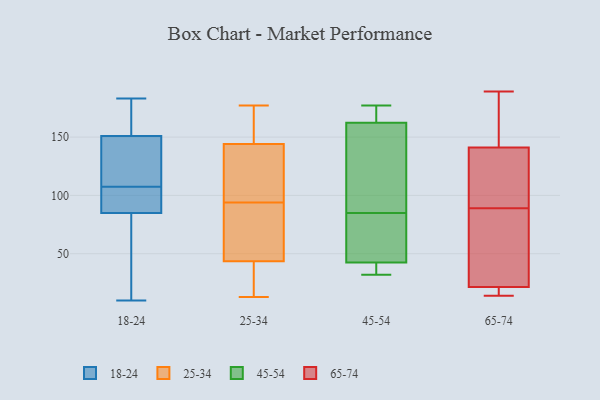
{"axis": {"x": "Satisfaction Score", "y": "Value"}, "legend": ["18-24", "25-34", "45-54", "65-74"], "data": [{"x": "", "y": 10, "type": "18-24"}, {"x": "", "y": 100, "type": "18-24"}, {"x": "", "y": 153, "type": "18-24"}, {"x": "", "y": 20, "type": "18-24"}, {"x": "", "y": 165, "type": "18-24"}, {"x": "", "y": 183, "type": "18-24"}, {"x": "", "y": 108, "type": "18-24"}, {"x": "", "y": 151, "type": "18-24"}, {"x": "", "y": 85, "type": "18-24"}, {"x": "", "y": 107, "type": "18-24"}, {"x": "", "y": 29, "type": "18-24"}, {"x": "", "y": 90, "type": "18-24"}, {"x": "", "y": 138, "type": "18-24"}, {"x": "", "y": 116, "type": "18-24"}, {"x": "", "y": 165, "type": "25-34"}, {"x": "", "y": 63, "type": "25-34"}, {"x": "", "y": 95, "type": "25-34"}, {"x": "", "y": 128, "type": "25-34"}, {"x": "", "y": 50, "type": "25-34"}, {"x": "", "y": 98, "type": "25-34"}, {"x": "", "y": 37, "type": "25-34"}, {"x": "", "y": 103, "type": "25-34"}, {"x": "", "y": 18, "type": "25-34"}, {"x": "", "y": 72, "type": "25-34"}, {"x": "", "y": 177, "type": "25-34"}, {"x": "", "y": 93, "type": "25-34"}, {"x": "", "y": 160, "type": "25-34"}, {"x": "", "y": 27, "type": "25-34"}, {"x": "", "y": 13, "type": "25-34"}, {"x": "", "y": 177, "type": "25-34"}, {"x": "", "y": 83, "type": "45-54"}, {"x": "", "y": 149, "type": "45-54"}, {"x": "", "y": 111, "type": "45-54"}, {"x": "", "y": 166, "type": "45-54"}, {"x": "", "y": 32, "type": "45-54"}, {"x": "", "y": 174, "type": "45-54"}, {"x": "", "y": 44, "type": "45-54"}, {"x": "", "y": 151, "type": "45-54"}, {"x": "", "y": 38, "type": "45-54"}, {"x": "", "y": 177, "type": "45-54"}, {"x": "", "y": 36, "type": "45-54"}, {"x": "", "y": 85, "type": "45-54"}, {"x": "", "y": 173, "type": "45-54"}, {"x": "", "y": 84, "type": "45-54"}, {"x": "", "y": 42, "type": "45-54"}, {"x": "", "y": 136, "type": "65-74"}, {"x": "", "y": 89, "type": "65-74"}, {"x": "", "y": 78, "type": "65-74"}, {"x": "", "y": 118, "type": "65-74"}, {"x": "", "y": 22, "type": "65-74"}, {"x": "", "y": 146, "type": "65-74"}, {"x": "", "y": 148, "type": "65-74"}, {"x": "", "y": 89, "type": "65-74"}, {"x": "", "y": 14, "type": "65-74"}, {"x": "", "y": 16, "type": "65-74"}, {"x": "", "y": 189, "type": "65-74"}, {"x": "", "y": 21, "type": "65-74"}]}